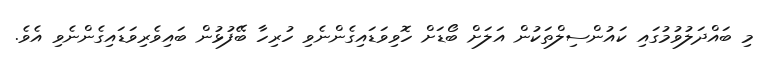
މި ބައްދަލުވުމުގައި ކައުންސިލްތަކުން އަލަށް ބޯޑަށް ހޮވިވަޑައިގެންނެވި ހުރިހާ ބޭފުޅުން ބައިވެރިވަޑައިގެންނެވި އެވެ.